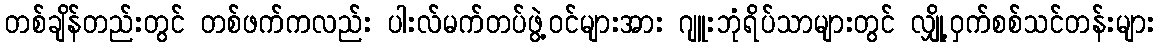
တစ်ချိန်တည်းတွင် တစ်ဖက်ကလည်း ပါးလ်မက်တပ်ဖွဲ့ဝင်များအား ဂျူးဘုံရိပ်သာများတွင် လျှို့ဝှက်စစ်သင်တန်းများ